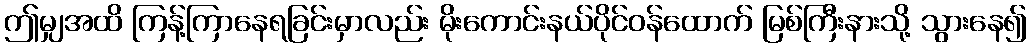
ဤမျှအထိ ကြန့်ကြာနေရခြင်းမှာလည်း မိုးကောင်းနယ်ပိုင်ဝန်ထောက် မြစ်ကြီးနားသို့ သွားနေ၍